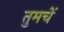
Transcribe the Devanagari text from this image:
तुमचें